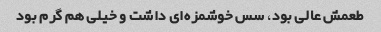
طعمش عالی بود، سس خوشمزه‌ای داشت و خیلی هم گرم بود